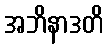
အဘိနာဒတိ